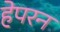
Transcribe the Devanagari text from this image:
हेपरन